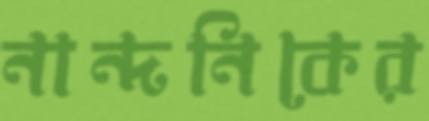
নান্দনিকের